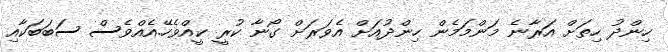
ހިންދު ހިތަށް އަރާނެ މަންމަމެން ހިންދުއަށް އެވަރަށް ގޯނާ ކުރީ ކީއްވެހޭ.އެއްވެސް ސަބަބަކާއި